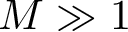
M \gg 1